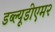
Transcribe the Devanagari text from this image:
डब्ल्यूडीएम२